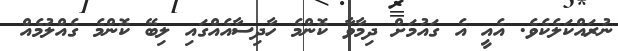
ނުރައްކަލެކެވެ. އެއީ އެ ގައުމަށް ދިމާވާ ކޮންމެ ހާދިސާއެއްގައި ލިބޭ ކޮންމެ ގެއްލުމެއް